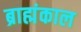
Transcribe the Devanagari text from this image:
ब्राह्मंकाल